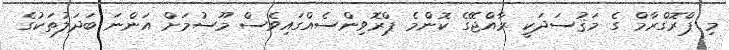
މި ޕްރޮގްރާމް ގެ މަޤުސަދަކީ ރާއްޖޭގެ ކޮންމެ ޕްރޮވިންސެއްްގައިވެސް މޫސުމަށް އަންނަ ބަދަލުތަކުގެ